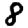
Digit: 8